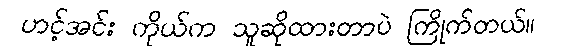
ဟင့်အင်း ကိုယ်က သူဆိုထားတာပဲ ကြိုက်တယ်။